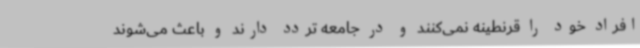
افراد خود را قرنطینه نمی‌کنند و در جامعه تردد دارند و باعث می‌شوند